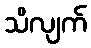
သိလျက်